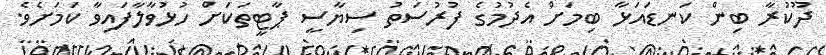
ދޫކުރާ ބިން ކަނޑައަޅާ ބިމަށް އެދުމުގެ ފުރުސަތު ސިޔާސީ ޕާޓީތަކަށް ހުޅުވާލާފައިވާ ކަމަށެވެ.